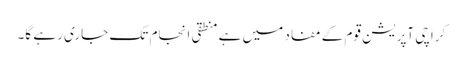
کراچی آپریشن قوم کے مفاد میں ہے منطقی انجام تک جاری رہے گا۔